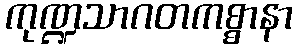
ကုဏ္ဍသာဂတကစ္စာနာ